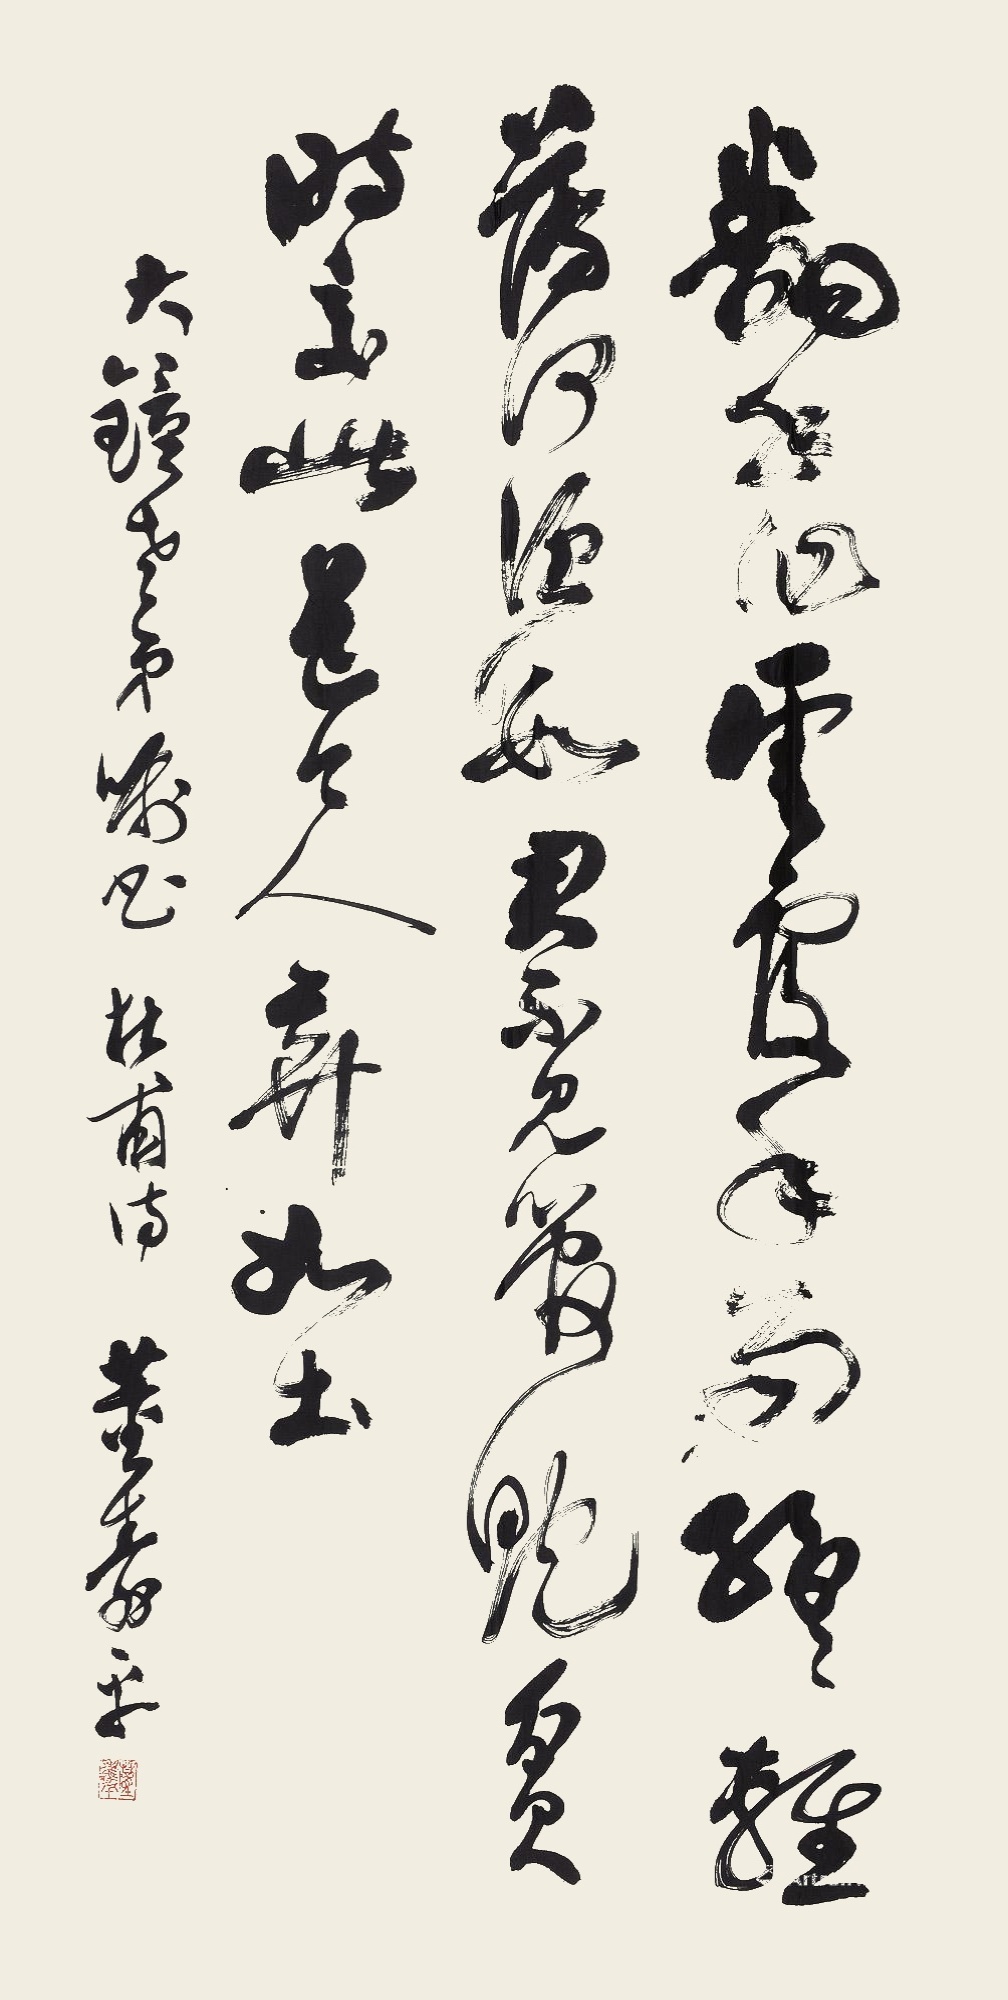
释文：翻手为云覆手雨，纷纷轻薄何须数。君不见管鲍贫时交，此道今人弃如土。大钟老弟属正，杜甫诗，董寿平。